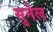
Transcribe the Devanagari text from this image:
सुनेल